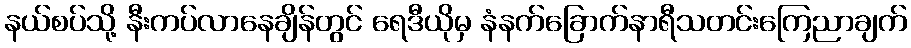
နယ်စပ်သို့ နီးကပ်လာနေချိန်တွင် ရေဒီယိုမှ နံနက်ခြောက်နာရီသတင်းကြေညာချက်